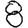
Digit: 8